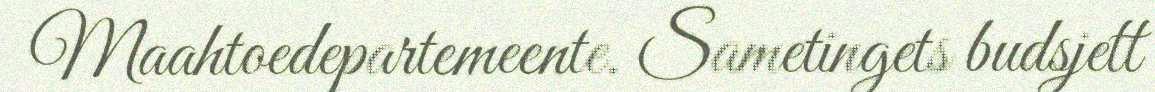
Maahtoedepartemeente. Sametingets budsjett